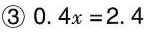
③$$0 . 4 x = 2 . 4$$